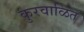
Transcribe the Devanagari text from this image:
कुरवाळित